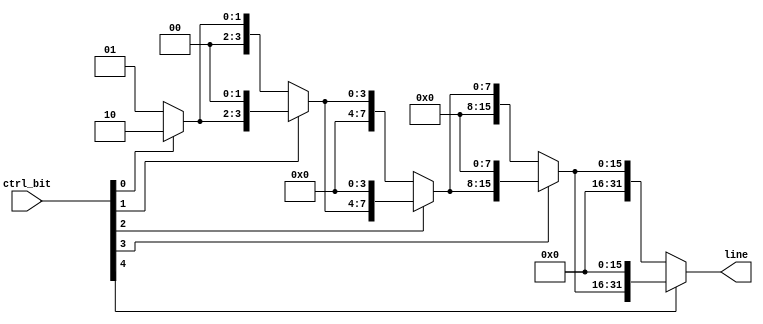
module decoder(ctrl_bit, line);
	// input address
	input [4:0] ctrl_bit;
	
	// ouput parallel wire
	output [31:0] line;
	
	// shift left wire
	wire [31:0] shift0, shift1, shift2, shift4, shift8;
	
	// The decoder is like a shift left logic start with 0x00000001
	assign shift0 = 32'h00000001;
	assign shift1 = ctrl_bit[0] ? {shift0[30:0], 1'b0}     : shift0;
	assign shift2 = ctrl_bit[1] ? {shift1[29:0], 2'b00}    : shift1;
	assign shift4 = ctrl_bit[2] ? {shift2[27:0], 4'h0}     : shift2;
	assign shift8 = ctrl_bit[3] ? {shift4[23:0], 8'h00}    : shift4;
	assign line   = ctrl_bit[4] ? {shift8[15:0], 16'h0000} : shift8;
	
endmodule